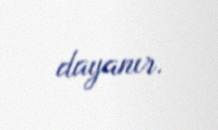
dayanır.